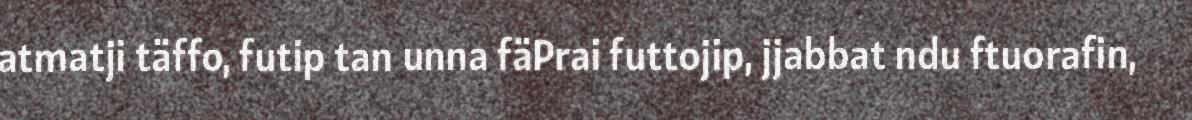
atmatji täffo, futip tan unna fäPrai futtojip, jjabbat ndu ftuorafin,